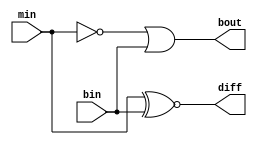
module fullsub1(output wire diff,output wire bout,
input wire min,input wire bin);
assign diff= min ~^ bin;
assign bout=~min|bin;
endmodule
module fullsub0(output wire diff,output wire bout,
input wire min,input wire bin);
assign diff= min^bin;
assign bout= ~min & bin;
endmodule
module subtractor_9bit(
    output wire [8:0] diff,
    output wire bout,
    input wire [8:0] min,
    input wire bin);
    wire [7:0] b;
    fullsub1 sub1(diff[0], b[0], min[0], bin);
    fullsub1 sub2(diff[1], b[1], min[1], b[0]);
    fullsub1 sub3(diff[2], b[2], min[2], b[1]);
    fullsub1 sub4(diff[3], b[3], min[3], b[2]);
    fullsub1 sub5(diff[4], b[4], min[4], b[3]);
    fullsub1 sub6(diff[5], b[5], min[5], b[4]);
    fullsub1 sub7(diff[6], b[6], min[6], b[5]);
    fullsub0 sub8(diff[7], b[7], min[7], b[6]);
    fullsub0 sub9(diff[8], bout, min[8], b[7]);
endmodule